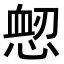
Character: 𢜷